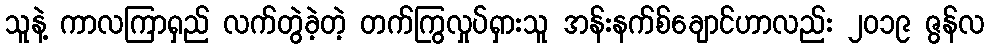
သူနဲ့ ကာလကြာရှည် လက်တွဲခဲ့တဲ့ တက်ကြွလှုပ်ရှားသူ အန်းနက်စ်ချောင်ဟာလည်း ၂၀၁၉ ဇွန်လ